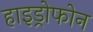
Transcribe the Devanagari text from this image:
हाइड्रोफोन